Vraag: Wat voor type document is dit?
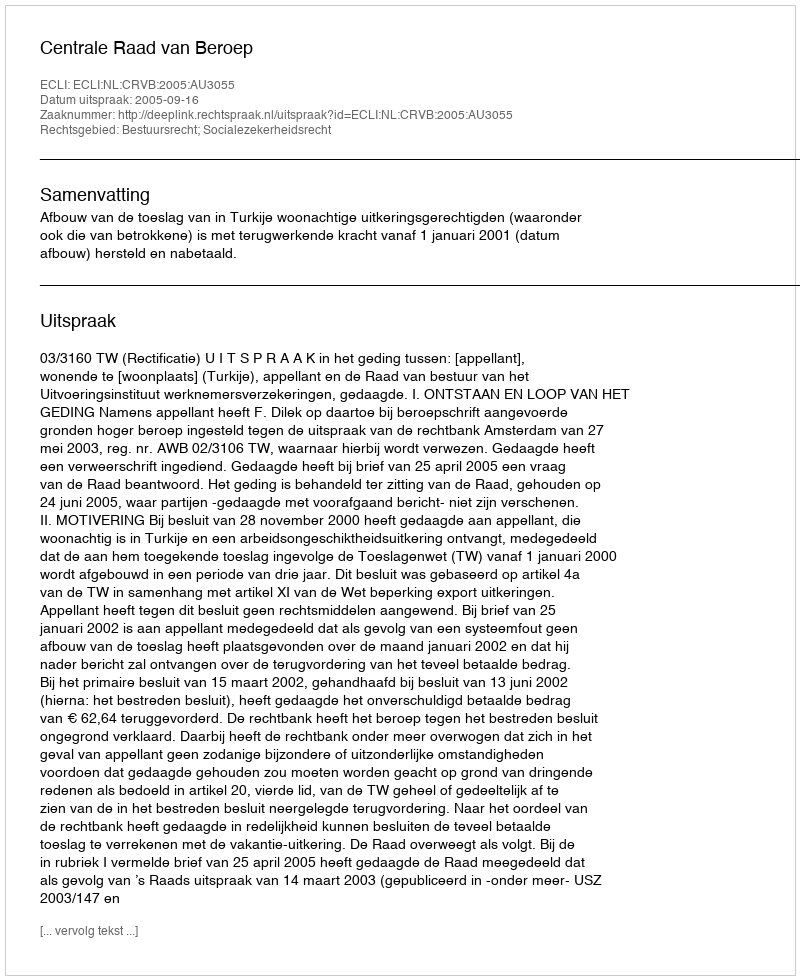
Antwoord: Uitspraak